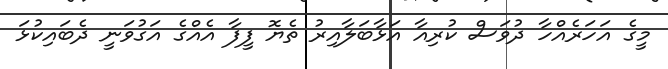
މީގެ އަހަރެއްހާ ދުވަސް ކުރިއާ އަޅާބަލާއިރު ތެޔޮ ފީފާ އެއްގެ އަގުވަނީ ދެބައިކުޅަ